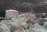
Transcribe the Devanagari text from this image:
कंठावरील